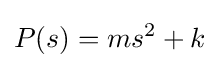
P(s)=ms^{2}+k